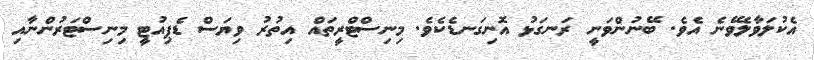
އެކުލަވާލެވޭނެ އެވެ. ބޭނުންވަނީ ރަނގަޅު އޮނިގަނޑެކެވެ. މިނިސްޓްރީތައް އިތުރު ވިޔަސް ޑެޕިއުޓީ މިނިސްޓަރުންނާއި